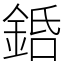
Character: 銽